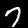
Label: 7